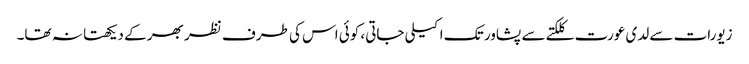
زیورات سے لدی عورت کلکتے سے پشاور تک اکیلی جاتی، کوئی اس کی طرف نظر بھر کے دیکھتا نہ تھا۔